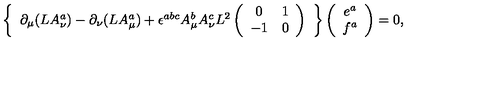
\left\{ \begin{array} { c } { \partial _ { \mu } ( L A _ { \nu } ^ { a } ) - \partial _ { \nu } ( L A _ { \mu } ^ { a } ) + \epsilon ^ { a b c } A _ { \mu } ^ { b } A _ { \nu } ^ { c } L ^ { 2 } \left( \begin{array} { c c } { 0 } & { 1 } \\ { - 1 } & { 0 } \\ \end{array} \right) } \\ \end{array} \right\} \left( \begin{array} { c } { e ^ { a } } \\ { f ^ { a } } \\ \end{array} \right) = 0 ,